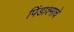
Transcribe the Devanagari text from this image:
पिंडाश्माचे